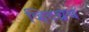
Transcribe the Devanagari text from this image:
व्हिटच्रच